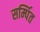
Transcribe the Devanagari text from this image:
सर्म्पित